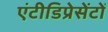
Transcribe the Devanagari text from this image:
एंटीडिप्रेसेंटों